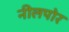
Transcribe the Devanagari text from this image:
नीलपोर